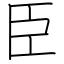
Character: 臣